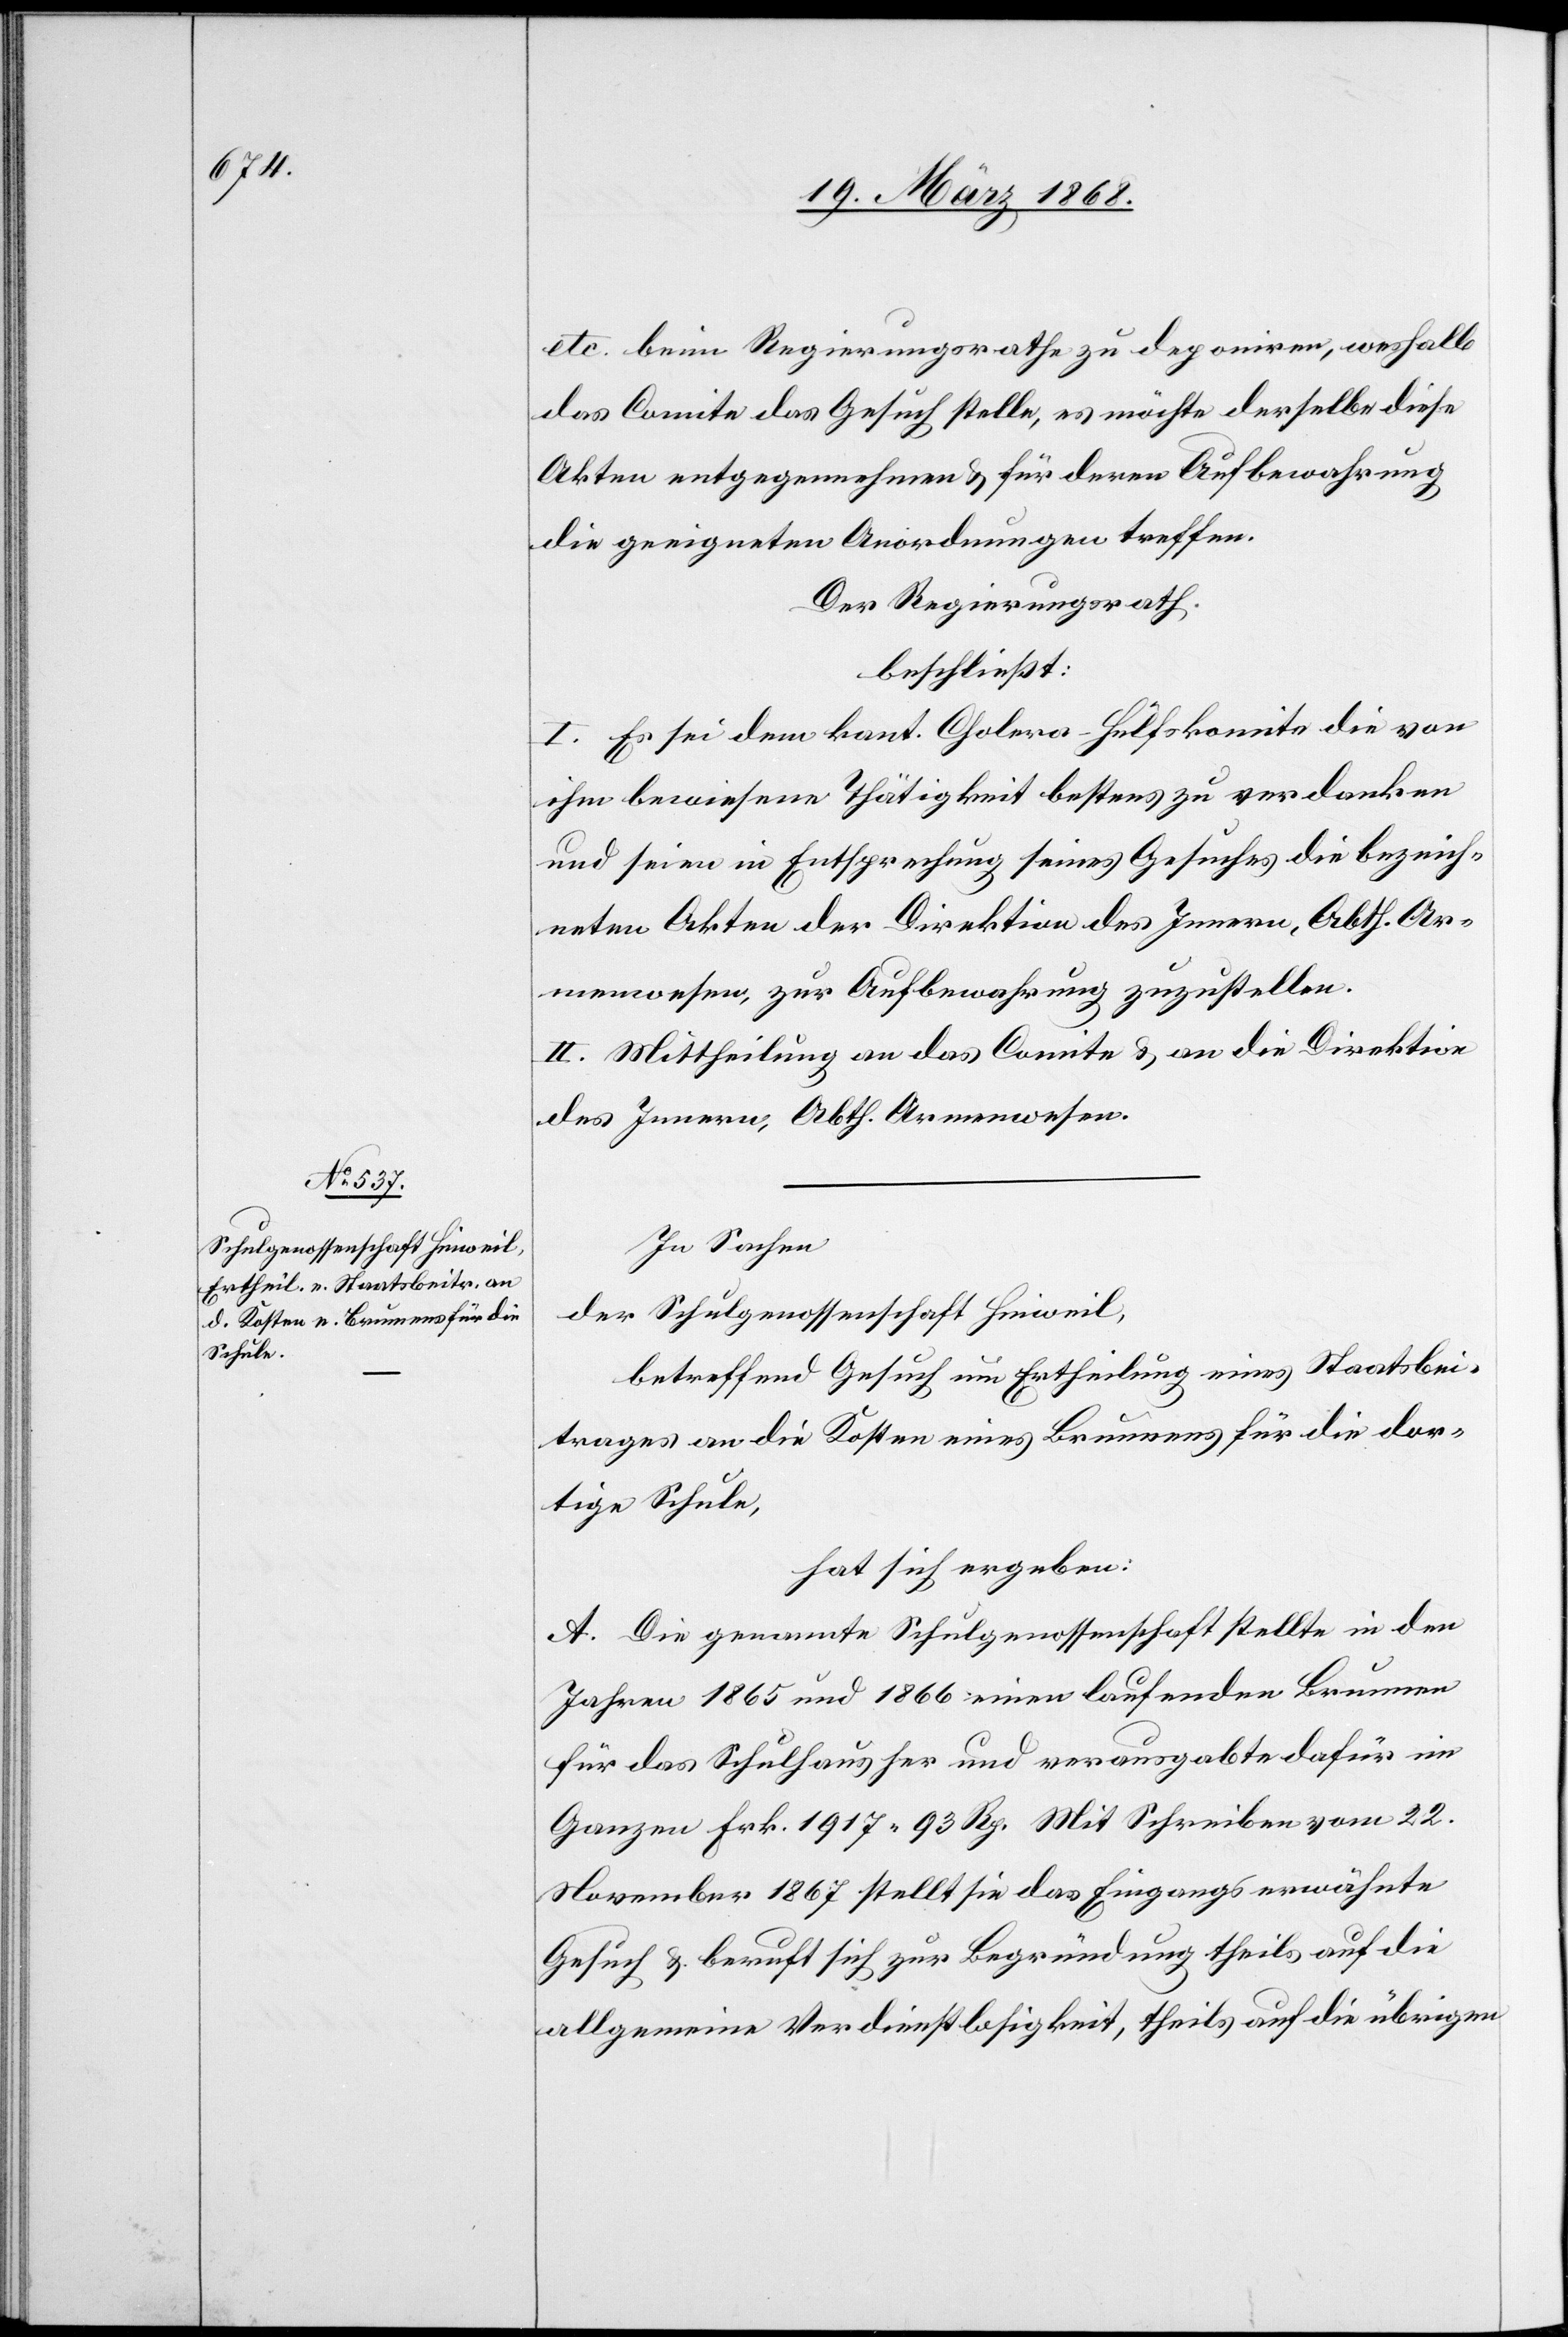
etc. beim Regierungsrathe zu deponiren, weshalb
das Comite das Gesuch stelle, es möchte derselbe diese
Akten entgegennehmen & für deren Aufbewahrung
die geeigneten Anordnungen treffen.
Der Regierungsrath
beschließt:
I. Es sei dem kant. Cholera-Hülfskomite die von
ihm bewiesene Thätigkeit bestens zu verdanken
und seien in Entsprechung seines Gesuches die bezeich¬
neten Akten der Direktion des Innern, Abth. Ar¬
menwesen, zur Aufbewahrung zuzustellen.
II. Mittheilung an das Comite & an die Direktion
des Innern, Abth. Armenwesen.
In Sachen
der Schulgenossenschaft Hinweil,
betreffend Gesuch um Ertheilung eines Staatsbei¬
trages an die Kosten eines Brunnens für die dor¬
tige Schule,
hat sich ergeben:
A. Die genannte Schulgenossenschaft stellte in den
Jahren 1865 und 1866 einen laufenden Brunnen
für das Schulhaus her und verausgabte dafür im
Ganzen Frk. 1917. 93 Rp. Mit Schreiben vom 22.
November 1867 stellt sie das Eingangs erwähnte
Gesuch & beruft sich zur Begründung theils auf die
allgemeine Verdienstlosigkeit, theils auf die übrigen